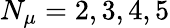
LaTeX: N_{\mu}=2,3,4,5